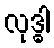
လုဒ္ဓါ